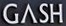
GASH